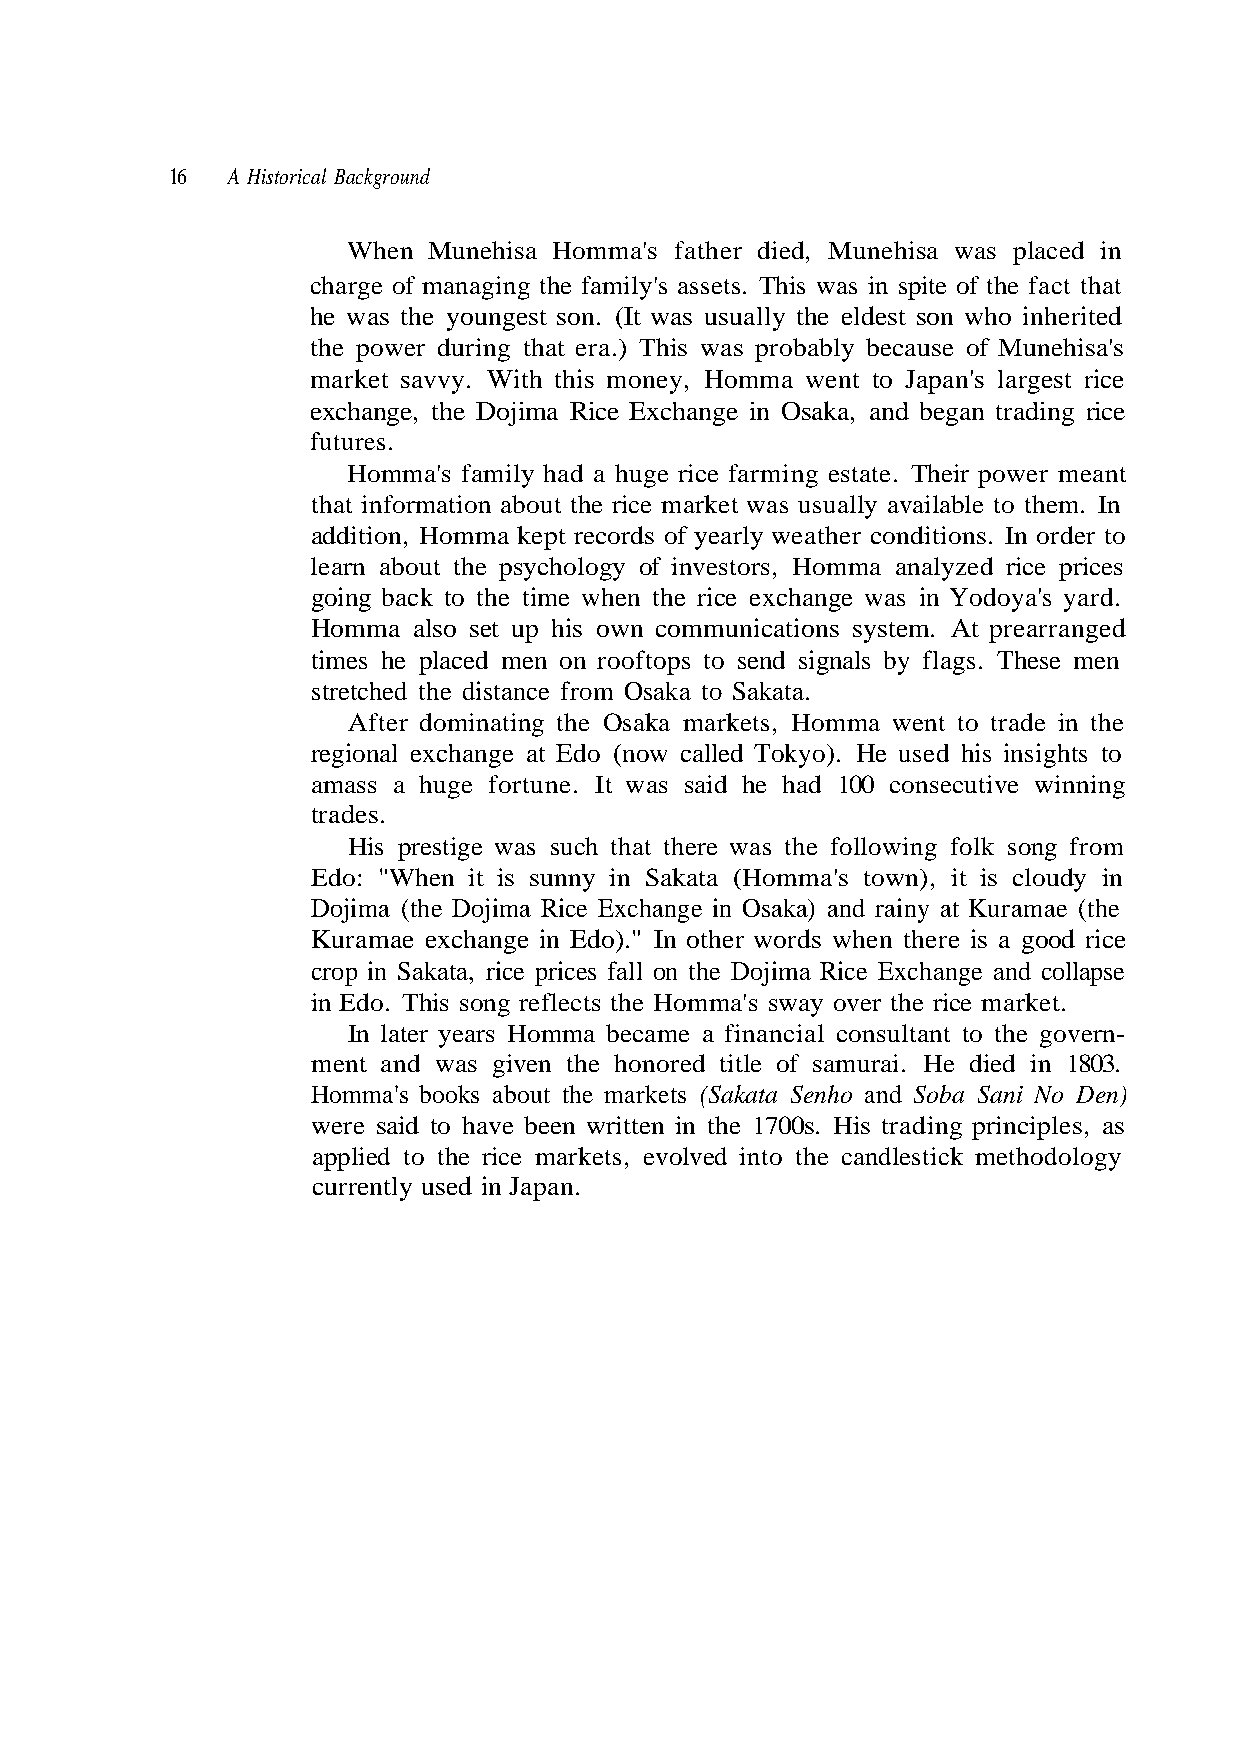
When Munehisa Homma's father died, Munehisa was placed in
 he was the youngest son. (It was usually the eldest son who inherited
 market savvy. With this money, Homma went to Japan's largest rice
 exchange, the Dojima Rice Exchange in Osaka, and began trading rice
 futures.
 Homma's family had a huge rice farming estate. Their power meant
 that information about the rice market was usually available to them. In
 learn about the psychology of investors, Homma analyzed rice prices
 Homma also set up his own communications system. At prearranged
 times he placed men on rooftops to send signals by flags. These men
 stretched the distance from Osaka to Sakata.
 trades.
 His prestige was such that there was the following folk song from
 Edo: "When it is sunny in Sakata (Homma's town), it is cloudy in
 in Edo. This song reflects the Homma's sway over the rice market.
 ment and was given the honored title of samurai. He died in 1803.
 Homma's books about the markets (Sakata Senho and Soba Sani No Den)
 were said to have been written in the 1700s. His trading principles, as
 currently used in Japan.
 s a' s i h e n u M f o e
 e
 s
 c
 u
 i r
 a c
 d
 e
 ng
 eoo
 b
 i
 hg
 n
 t
 obably
 e in the
 utive win
 Kuramae (
 here is a
 16 A Historical Background
 charge of managing the family's assets. This was in spite of the fact that
 the power during that era.) This was pr
 addition, Homma kept records of yearly weather conditions. In order to
 going back to the time when the rice exchange was in Yodoya's yard.
 After dominating the Osaka markets, Homma went to trad
 regional exchange at Edo (now called Tokyo). He used his insights to
 amass a huge fortune. It was said he had 100 consec
 Dojima (the Dojima Rice Exchange in Osaka) and rainy at
 Kuramae exchange in Edo)." In other words when t
 crop in Sakata, rice prices fall on the Dojima Rice Exchange and collapse
 In later years Homma became a financial consultant to the govern-
 applied to the rice markets, evolved into the candlestick methodology